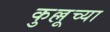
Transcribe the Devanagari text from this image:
कुल्लूच्या